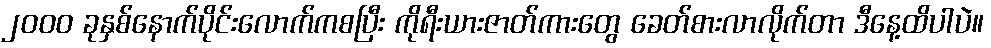
၂၀၀၀ ခုနှစ်နောက်ပိုင်းလောက်ကစပြီး ကိုရီးယားဇာတ်ကားတွေ ခေတ်စားလာလိုက်တာ ဒီနေ့ထိပါပဲ။